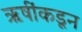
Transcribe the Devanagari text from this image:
ऋषींकडून